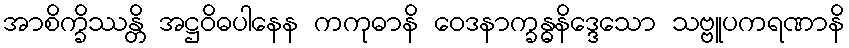
အာစိက္ခိဿန္တိ အဋ္ဌဝိဓပါနေန ကကုဓာနိ ဝေဒနာက္ခန္ဓနိဒ္ဒေသော သဗ္ဗူပကရဏာနိ